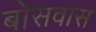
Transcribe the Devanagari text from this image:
बोसवास